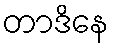
တာဒိနေ